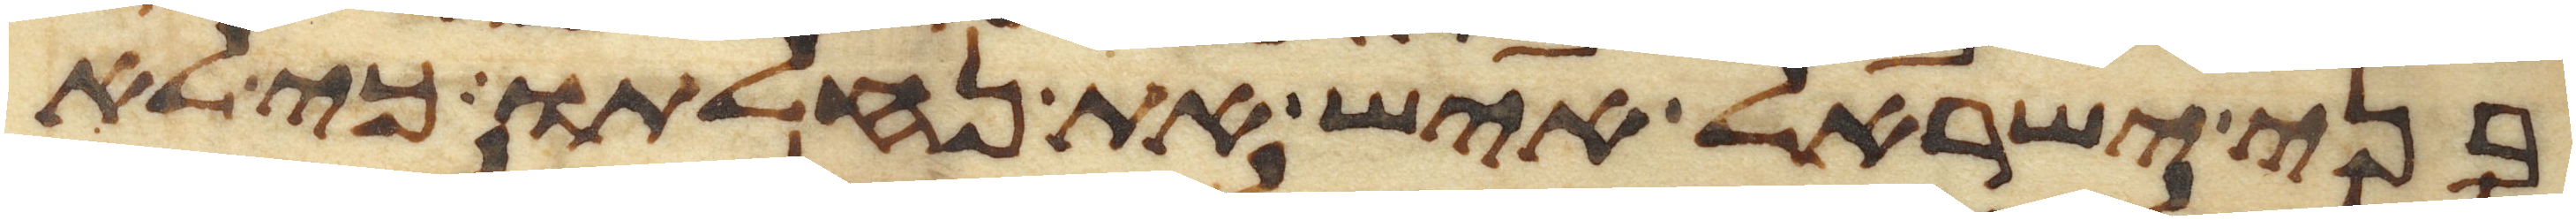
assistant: בני ישראל איש את נחלתו כי לא